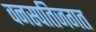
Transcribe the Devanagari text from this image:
वनस्पतिजगत